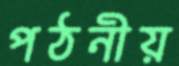
পঠনীয়